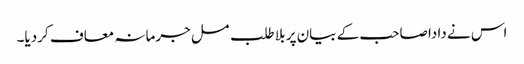
اس نے دادا صاحب کے بیان پر بلا طلب مسل جرمانہ معاف کردیا۔